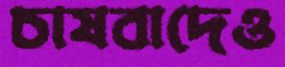
চাষবাদেও